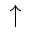
\uparrow